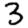
Digit: 3